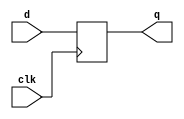
`timescale 1ns / 1ps
// Author Name : Deepak Lal       CMS: 041-18-0030

module DFF(q, d, clk );
input d, clk;
output reg q;
always@(posedge clk)
begin
    q<= d;
    
  end 
 endmodule